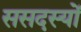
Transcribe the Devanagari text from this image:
ससदस्यों